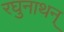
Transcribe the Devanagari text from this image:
रघुनाथन्